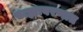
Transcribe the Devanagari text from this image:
बाह्यावरणात